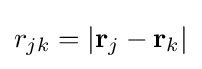
r_{jk}=|\mathbf {r} _{j}-\mathbf {r} _{k}|